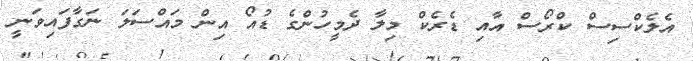
އެލެކްސިސް ކްރޯސް އާއި ޑެރެކް މިލާ ދެމީހުންގެ ޑުއޯ އިން މައްސަލަ ނަގާފައިވަނީ